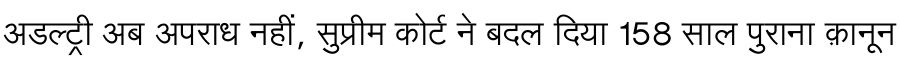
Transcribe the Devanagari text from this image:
अडल्ट्री अब अपराध नहीं, सुप्रीम कोर्ट ने बदल दिया 158 साल पुराना क़ानून